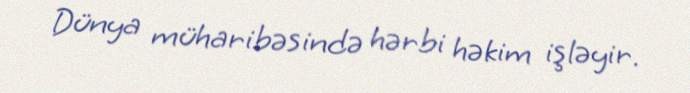
Dünya müharibəsində hərbi həkim işləyir.